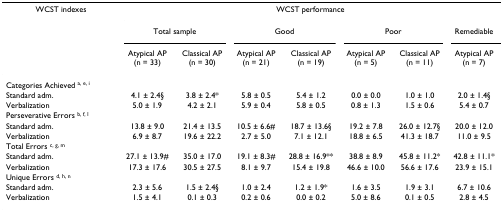
| WCST indexes | <COLSPAN=7> WCST performance |
 |  | <COLSPAN=2> Total sample | <COLSPAN=2> Good | <COLSPAN=2> Poor | Remediable |
 |  | Atypical AP (n = 33) | Classical AP (n = 30) | Atypical AP (n = 21) | Classical AP (n = 19) | Atypical AP (n = 5) | Classical AP (n = 11) | Atypical AP (n = 7) |
 | --- | --- | --- | --- | --- | --- | --- | --- |
 | Categories Achieved a, e, i |  |  |  |  |  |  |  |
 | Standard adm. | 4.1 ± 2.4§ | 3.8 ± 2.4* | 5.8 ± 0.5 | 5.4 ± 1.2 | 0.0 ± 0.0 | 1.0 ± 1.0 | 2.0 ± 1.4§ |
 | Verbalization | 5.0 ± 1.9 | 4.2 ± 2.1 | 5.9 ± 0.4 | 5.8 ± 0.5 | 0.8 ± 1.3 | 1.5 ± 0.6 | 5.4 ± 0.7 |
 | Perseverative Errors b, f, l |  |  |  |  |  |  |  |
 | Standard adm. | 13.8 ± 9.0 | 21.4 ± 13.5 | 10.5 ± 6.6# | 18.7 ± 13.6§ | 19.2 ± 7.8 | 26.0 ± 12.7§ | 20.0 ± 12.0 |
 | Verbalization | 6.9 ± 8.7 | 19.6 ± 22.2 | 2.7 ± 5.0 | 7.1 ± 12.1 | 18.8 ± 6.5 | 41.3 ± 18.7 | 11.0 ± 9.5 |
 | Total Errors c, g, m |  |  |  |  |  |  |  |
 | Standard adm. | 27.1 ± 13.9# | 35.0 ± 17.0 | 19.1 ± 8.3# | 28.8 ± 16.9** | 38.8 ± 8.9 | 45.8 ± 11.2* | 42.8 ± 11.1* |
 | Verbalization | 17.3 ± 17.6 | 30.5 ± 27.5 | 8.1 ± 9.7 | 15.4 ± 19.8 | 46.6 ± 10.0 | 56.6 ± 17.6 | 23.9 ± 15.1 |
 | Unique Errors d, h, n |  |  |  |  |  |  |  |
 | Standard adm. | 2.3 ± 5.6 | 1.5 ± 2.4§ | 1.0 ± 2.4 | 1.2 ± 1.9* | 1.6 ± 3.5 | 1.9 ± 3.1 | 6.7 ± 10.6 |
 | Verbalization | 1.5 ± 4.1 | 0.1 ± 0.3 | 0.2 ± 0.6 | 0.0 ± 0.2 | 5.0 ± 8.6 | 0.1 ± 0.5 | 2.8 ± 4.5 |